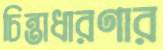
চিন্তাধারণার